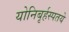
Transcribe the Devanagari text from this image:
योनिबृर्हस्पतये